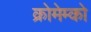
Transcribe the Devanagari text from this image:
क्रोमेम्को